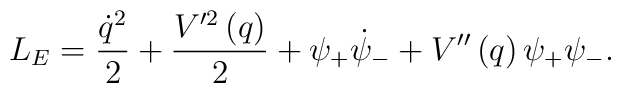
L_E=\frac{\dot q^2}2+\frac{V^{\prime 2}\left( q\right) }2+\psi _{+}\dot \psi_{-}+V^{\prime \prime }\left( q\right) \psi _{+}\psi _{-}  .